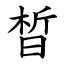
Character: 晳